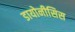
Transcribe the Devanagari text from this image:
डायोनीसिस